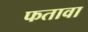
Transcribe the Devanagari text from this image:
फतावा